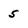
Character: 5